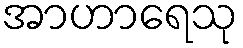
အာဟာရေသု